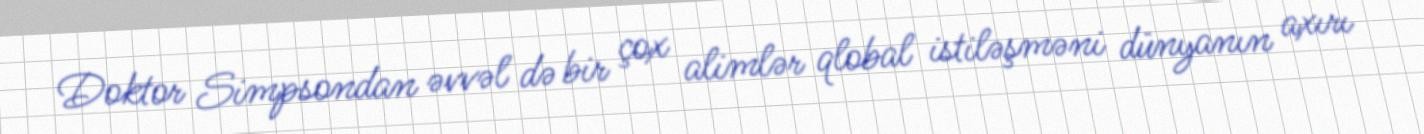
Doktor Simpsondan əvvəl də bir çox alimlər qlobal istiləşməni dünyanın axırı